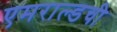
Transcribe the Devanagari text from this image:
एमराल्डची